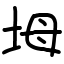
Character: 坶